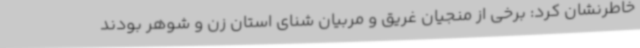
خاطرنشان کرد: برخی از منجیان غریق و مربیان شنای استان زن و شوهر بودند